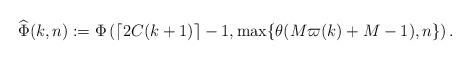
LaTeX: \begin{align*}\widehat{\Phi}(k,n):=\Phi\left(\left\lceil 2C(k+1)\right\rceil-1, \max\{\theta(M\varpi(k)+M-1),n\}\right).\end{align*}